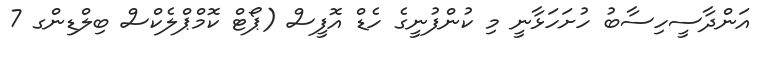
އަންދާސީހިސާބު ހުށަހަޅާނީ މި ކުންފުނީގެ ހެޑް އޮފީސް (ޕޯޓް ކޮމްޕްލެކްސް ބިލްޑިންގ 7